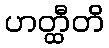
ဟတ္ထီတိ